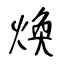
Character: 煥